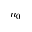
n _ { 0 }